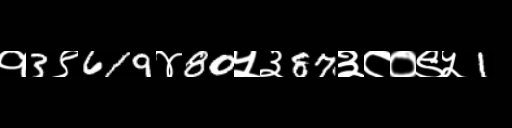
Text: १3९619४80५३87३८०९५1